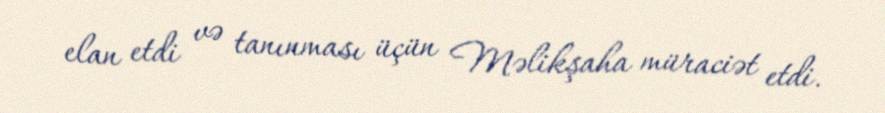
elan etdi və tanınması üçün Məlikşaha müraciət etdi.